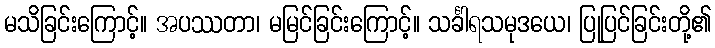
မသိခြင်းကြောင့်။ အပဿတာ၊ မမြင်ခြင်းကြောင့်။ သင်္ခါရသမုဒယေ၊ ပြုပြင်ခြင်းတို့၏